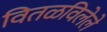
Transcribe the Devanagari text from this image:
वितळविलेले